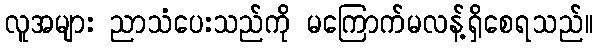
လူအများ ညာသံပေးသည်ကို မကြောက်မလန့်ရှိစေရသည်။